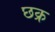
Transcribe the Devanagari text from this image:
छक्र